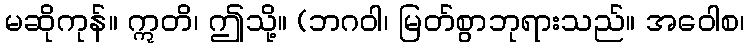
မဆိုကုန်။ ဣတိ၊ ဤသို့။ (ဘဂဝါ၊ မြတ်စွာဘုရားသည်။ အဝေါစ၊